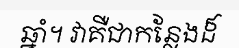
ឆ្នាំ។ វាគឺជាកន្លែងដ៏